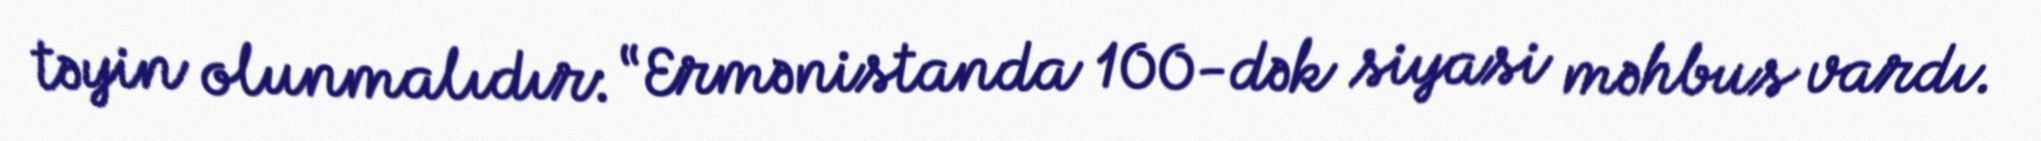
təyin olunmalıdır: “Ermənistanda 100-dək siyasi məhbus vardı.